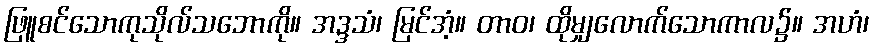
ဖြူစင်သောကုသိုလ်သဘောကို။ အဒ္ဒသံ၊ မြင်အံ့။ တာဝ၊ ထိုမျှလောက်သောကာလ၌။ အဟံ၊